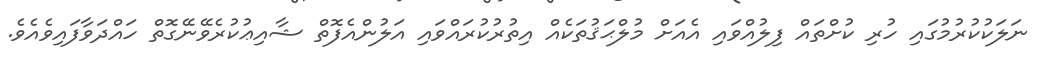
ނަލަކުކުރުމުގައި ހުރި ކުށްތައް ފިލުއްވައި އެއަށް މުލްޙަޤުތަކެއް އިތުރުކުރައްވައި އަލުންއެފޮތް ޝާއިޢުކުރެވޭނޭގޮތް ހައްދަވާފައިވެއެވެ.